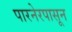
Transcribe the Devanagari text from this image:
पारनेरपासून